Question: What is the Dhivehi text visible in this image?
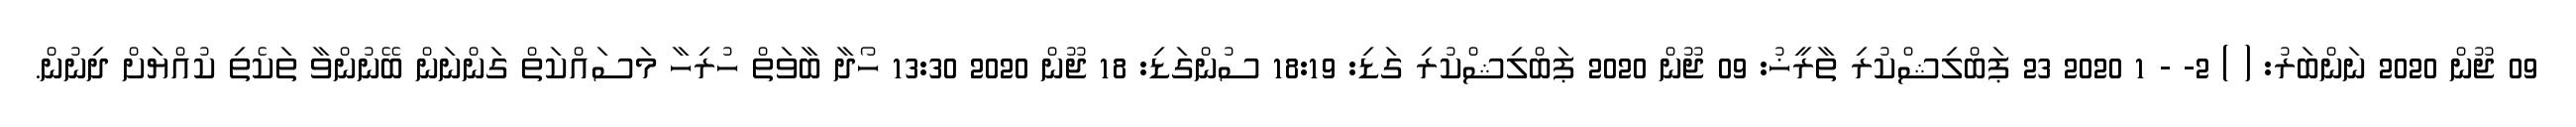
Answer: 09 ޖޫން 2020 ނަންބަރު: ( ) 2- - 1 2020 23 ޕަބްލިޝްކުރި ތާރީޚު: 09 ޖޫން 2020 ޕަބްލިޝްކުރި ގަޑި: 18:19 ސުންގަޑި: 18 ޖޫން 2020 13:30 ހޯދާ ބާވަތް ހުރިހާ މަސައްކަތް ގަންނަން ބޭނުންވާ ތަކެތި ކުއްޔަށް ދިނުން.